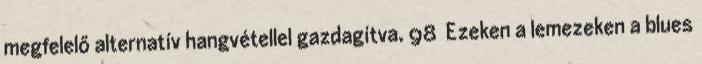
megfelelő alternatív hangvétellel gazdagítva. 98 Ezeken a lemezeken a blues